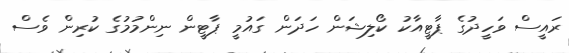
ރައީސް ވަހީދުގެ ޕާޓީއާކު ކޯލިޝަން ހަދަން ގައުމީ ޕާޓީން ނިންމުމުގެ ކުރިން ވެސް